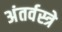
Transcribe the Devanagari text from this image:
अंतर्वस्त्रे